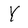
Character: Y